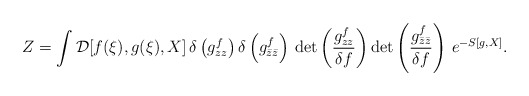
\begin{align*}Z = \int {\cal D}[f(\xi),g(\xi),X] \, \delta \left(g_{zz}^{f} \right)\delta \left(g_{\bar{z}\bar{z}}^{f} \right) \, {\rm det}\left( \frac{g_{zz}^{f}}{\delta f} \right) {\rm det}\left( \frac{g_{\bar{z}\bar{z}}^{f}}{\delta f} \right) \, e^{-S[g,X]}.\end{align*}